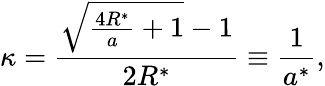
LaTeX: \kappa=\frac{\sqrt{\frac{4R^{*}}{a}+1}-1}{2R^{*}}\equiv\frac{1}{a^{*}},